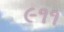
૯૧૧